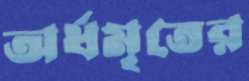
অর্ধমৃতের